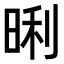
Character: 𭦏